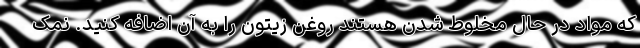
که مواد در حال مخلوط شدن هستند روغن زیتون را به آن اضافه کنید. نمک